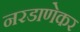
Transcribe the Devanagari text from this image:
नरडाणेकर